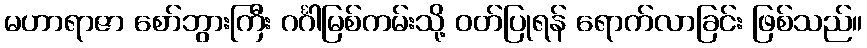
မဟာရာဇာ စော်ဘွားကြီး ဂင်္ဂါမြစ်ကမ်းသို့ ဝတ်ပြုရန် ရောက်လာခြင်း ဖြစ်သည်။